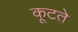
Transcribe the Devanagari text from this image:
कूटते